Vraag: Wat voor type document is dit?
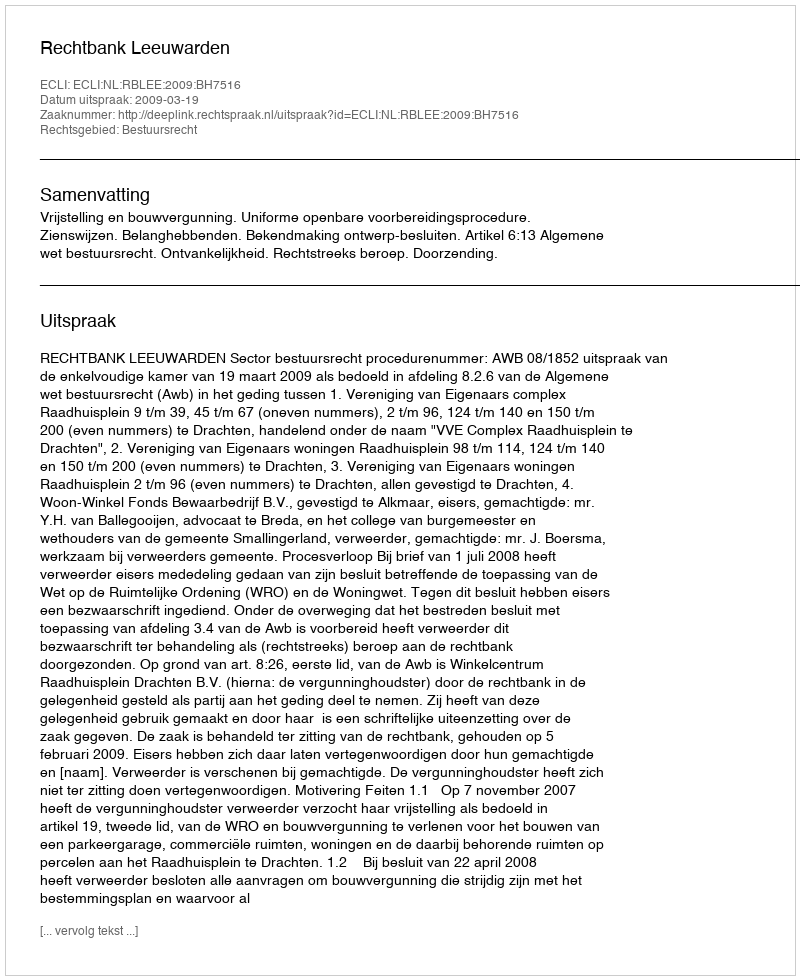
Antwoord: Uitspraak